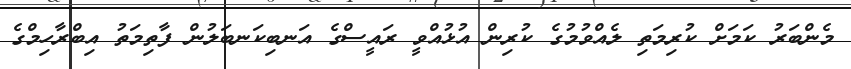
މެންބަރު ކަމަށް ކުރިމަތި ލެއްވުމުގެ ކުރިން އުޅުއްވީ ރައީސްގެ އަނބިކަނބަލުން ފާތިމަތު އިބްރާހިމްގެ